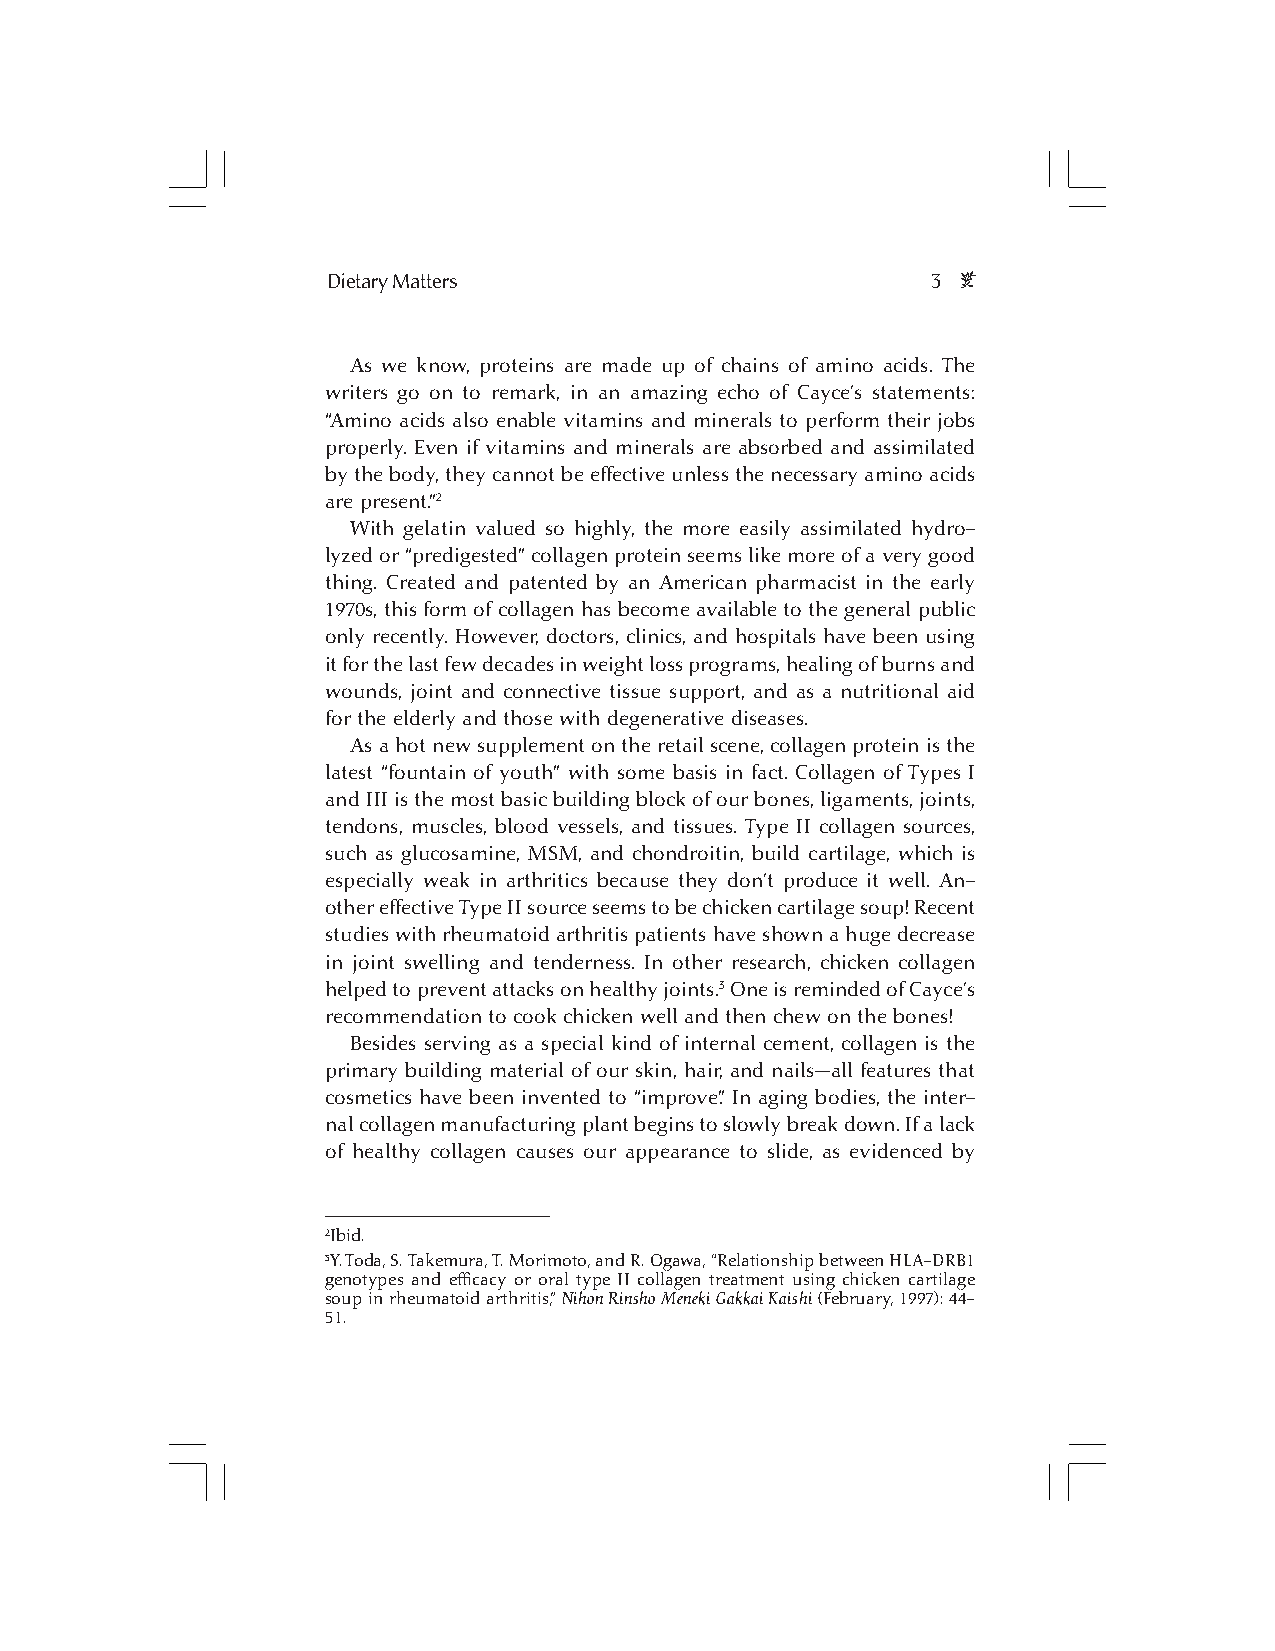
e
 Dietary Matters                         3
 As we know, proteins are made up of chains of amino acids. The
 writers go on to remark, in an amazing echo of Cayce’s statements:
 “Amino acids also enable vitamins and minerals to perform their jobs
 properly. Even if vitamins and minerals are absorbed and assimilated
 by the body, they cannot be effective unless the necessary amino acids
 are present.”2
 With gelatin valued so highly, the more easily assimilated hydro-
 lyzed or “predigested” collagen protein seems like more of a very good
 thing. Created and patented by an American pharmacist in the early
 1970s, this form of collagen has become available to the general public
 only recently. However, doctors, clinics, and hospitals have been using
 it for the last few decades in weight loss programs, healing of burns and
 wounds, joint and connective tissue support, and as a nutritional aid
 for the elderly and those with degenerative diseases.
 As a hot new supplement on the retail scene, collagen protein is the
 latest “fountain of youth” with some basis in fact. Collagen of Types I
 and III is the most basic building block of our bones, ligaments, joints,
 tendons, muscles, blood vessels, and tissues. Type II collagen sources,
 such as glucosamine, MSM, and chondroitin, build cartilage, which is
 especially weak in arthritics because they don’t produce it well. An-
 other effective Type II source seems to be chicken cartilage soup! Recent
 studies with rheumatoid arthritis patients have shown a huge decrease
 in joint swelling and tenderness. In other research, chicken collagen
 helped to prevent attacks on healthy joints.3 One is reminded of Cayce’s
 recommendation to cook chicken well and then chew on the bones!
 Besides serving as a special kind of internal cement, collagen is the
 primary building material of our skin, hair, and nails—all features that
 cosmetics have been invented to “improve.” In aging bodies, the inter-
 nal collagen manufacturing plant begins to slowly break down. If a lack
 of healthy collagen causes our appearance to slide, as evidenced by
 2Ibid.
 3Y. Toda, S. Takemura, T. Morimoto, and R. Ogawa, “Relationship between HLA-DRB1
 genotypes and efficacy or oral type II collagen treatment using chicken cartilage
 soup in rheumatoid arthritis,” Nihon Rinsho Meneki Gakkai Kaishi (February, 1997): 44-
 51.